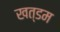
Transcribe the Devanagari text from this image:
खत्डम